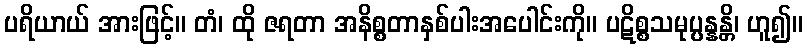
ပရိယာယ် အားဖြင့်။ တံ၊ ထို ဇရတာ အနိစ္စတာနှစ်ပါးအပေါင်းကို။ ပဋိစ္စသမုပ္ပန္နန္တိ၊ ဟူ၍။